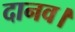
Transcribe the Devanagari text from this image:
दानव।